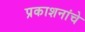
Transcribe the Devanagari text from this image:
प्रकाशनांचे